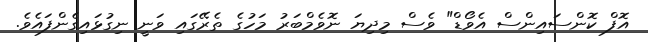
އޮފް ކޮންސައިންސް އެވޯޑް" ވެސް މިދިޔަ ނޮވެމްބަރު މަހުގެ ތެރޭގައި ވަނީ ނިގުޅައިގެންފައެވެ.